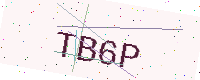
Text: TB6P